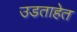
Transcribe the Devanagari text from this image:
उडताहेत